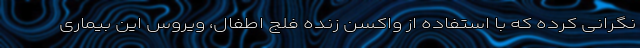
نگرانی کرده که با استفاده از واکسنِ زنده فلج اطفال، ویروسِ این بیماری